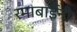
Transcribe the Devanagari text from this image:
रमाबाईनी